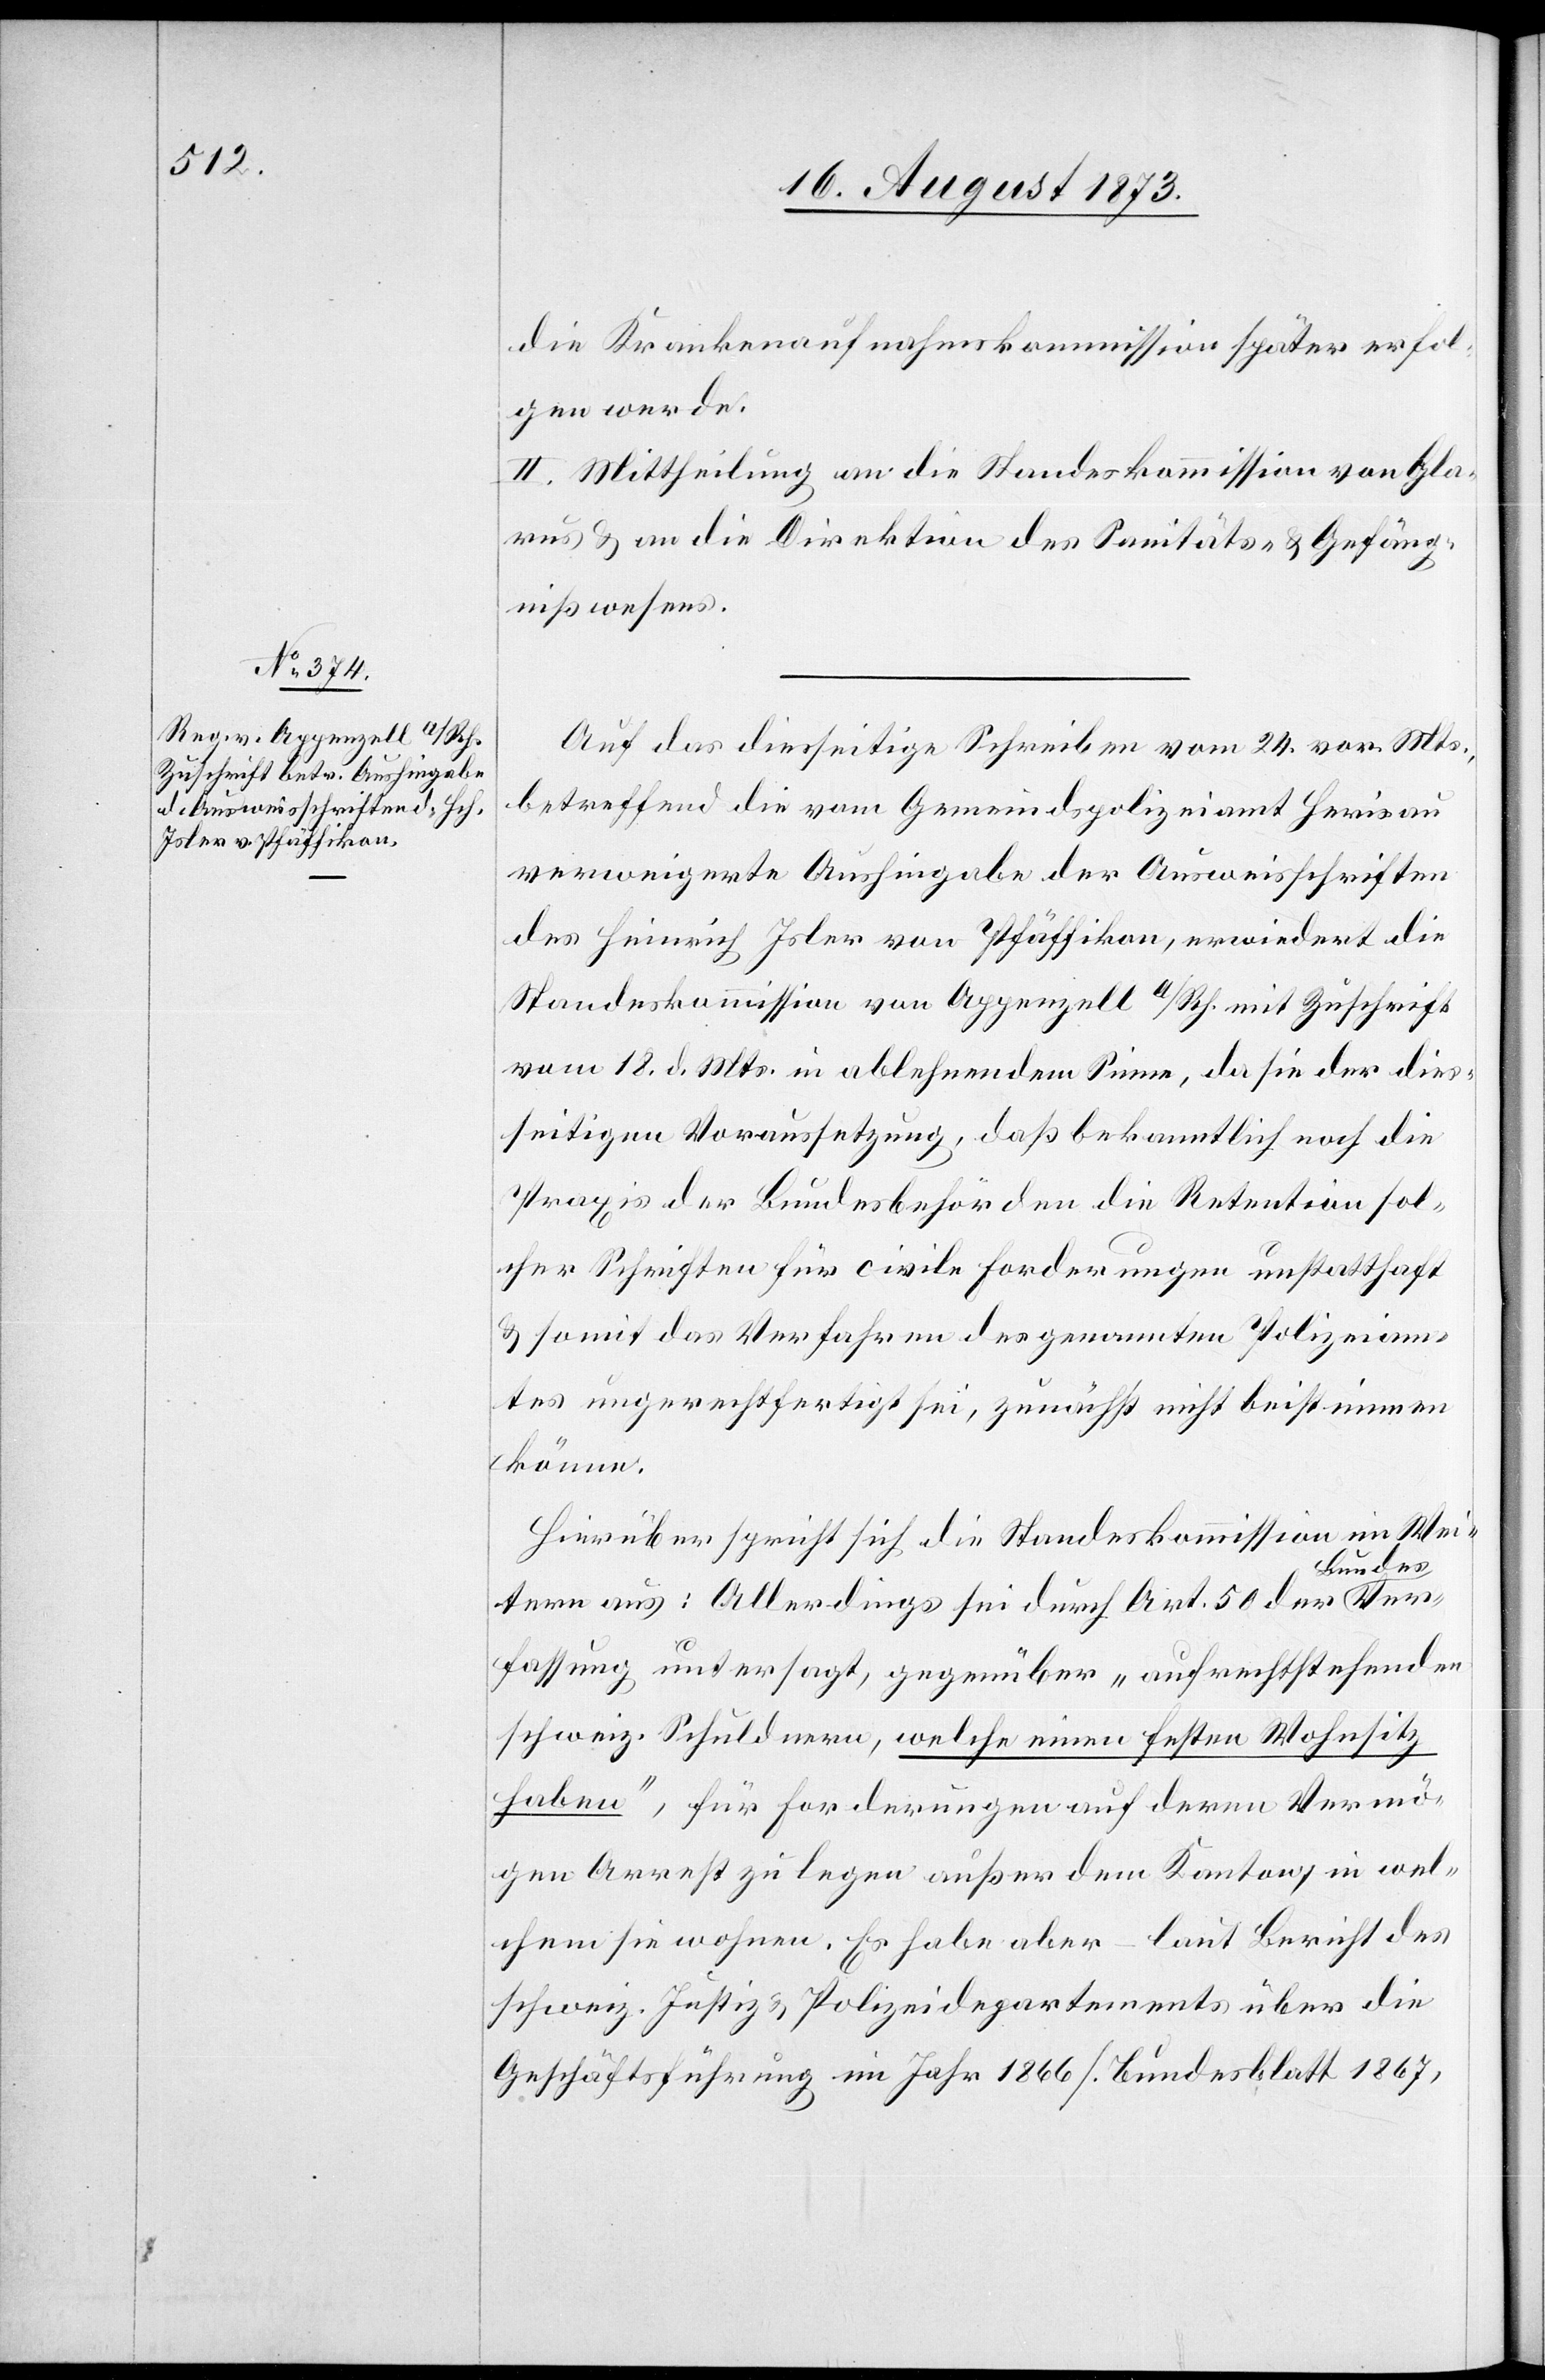
20. August 1873.]
die Krankenaufnahmskommission später erfol¬
gen werde.
II. Mittheilung an die Standeskommission von Gla¬
rus & an die Direktion des Sanitäts- & Gefäng¬
nißwesens.
Auf das diesseitige Schreiben vom 24. vor. Mts.,
betreffend die vom Gemeindspolizeiamt Herisau
verweigerte Aushingabe der Ausweisschriften
des Heinrich Isler von Pfäffikon, erwiedert die
Standeskommission von Appenzell a/Rh. mit Zuschrift
vom 18. d. Mts. in ablehnendem Sinne, da sie der dies¬
seitigen Voraussetzung, daß bekanntlich noch die
Praxis der Bundesbehörden die Retention sol¬
cher Schriften für civile Forderungen unstatthaft
& somit das Verfahren des genannten Polizeiam¬
tes ungerechtfertigt sei, zunächst nicht beistimmen
könne.
Hierüber spricht sich die Standeskommission im Wei¬
tern aus: Allerdings sei durch Art. 50 der Bundesver¬
fassung untersagt, gegenüber „aufrechtstehenden
schweiz. Schuldnern, welche einen festen Wohnsitz
haben“, für Forderungen auf deren Vermö¬
gen Arrest zu legen außer dem Kanton, in wel¬
chem sie wohnen. Es habe aber – laut Bericht des
schweiz. Justiz- & Polizeidepartement über die
Geschäftsführung im Jahr 1866 [Bundesblatt 1867,